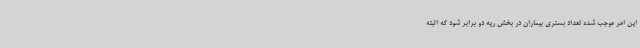
این امر موجب شده تعداد بستری بیماران در بخش ریه دو برابر شود که البته